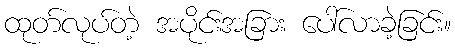
ထုတ်လုပ်တဲ့ အပိုင်းအခြား ပေါ်လာခဲ့ခြင်း။